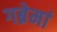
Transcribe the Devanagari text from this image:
गब्रेमां